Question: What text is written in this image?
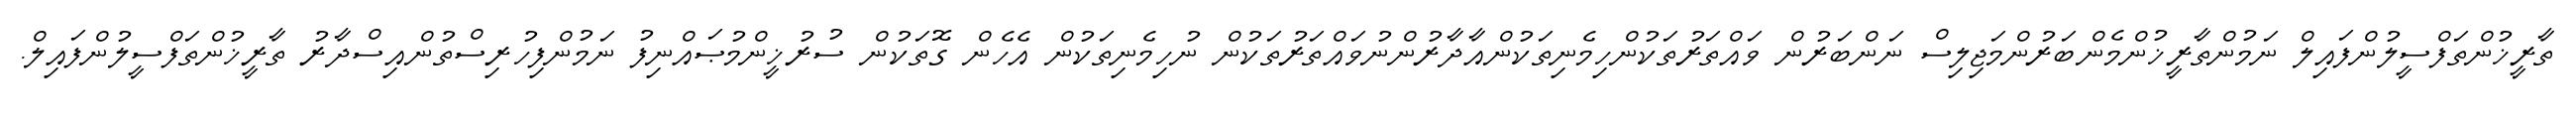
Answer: ތާރީޚުންތަފްސީލުންފައިލް ނަމުންތާރީޚުންމެންބަރުންމަޖިލިސް ނަންބަރުން ވައްތަރުތަކުންހިމެނިތަކުންއާދާރުންނުވައްތަރުތަކުން ނުހިމެނިތަކުން އެހެން ގޮތަކުން ސުރުޚީންމުޞައްނިފު ނަމުންފިހުރިސްތުންއިސްދާރު ތާރީޚުންތަފްސީލުންފައިލް.